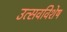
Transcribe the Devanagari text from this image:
उत्सवविशेष